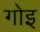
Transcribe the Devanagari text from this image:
गोइ